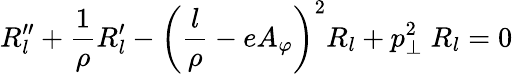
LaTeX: R_{l}^{\prime\prime}+{\frac{1}{\rho}}R_{l}^{\prime}-\left({\frac{l}{\rho}}-eA_{\varphi}\right)^{2}R_{l}+p_{\perp}^{2}\; R_{l}=0